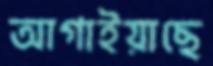
আগাইয়াছে